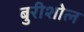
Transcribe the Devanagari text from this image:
बुरीशोल